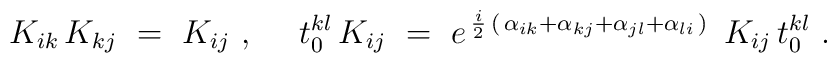
K_{ik} \,  K_{kj} ~=~ K_{ij}~, ~~~~t_0^{kl}\, K_{ij} ~=~ e^{ \, {i\over 2} \, ( \, \alpha_{ik } +\alpha_{kj} + \alpha_{jl} + \alpha_{li} \, ) \, }~  K_{ij}\,  t_0^{kl}~.